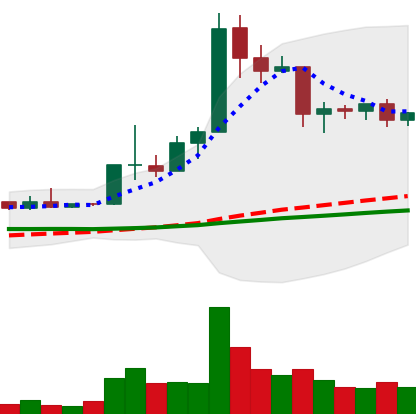
Ticker: ETC-USD
Chart end date: 2019-04-16
Forward return: -5.995%
Label: down_5_7